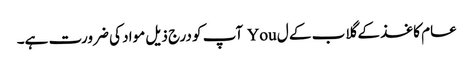
عام کاغذ کے گلاب کے ل You آپ کو درج ذیل مواد کی ضرورت ہے۔